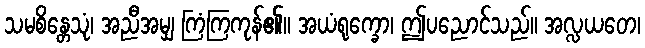
သမစိန္တေသုံ၊ အညီအမျှ ကြံကြကုန်၏။ အယံရုက္ခော၊ ဤပညောင်သည်။ အလ္လယတေ၊